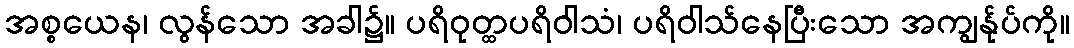
အစ္စယေန၊ လွန်သော အခါ၌။ ပရိဝုတ္ထပရိဝါသံ၊ ပရိဝါသ်နေပြီးသော အကျွန်ုပ်ကို။